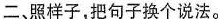
二、照样子，把句子换个说法。